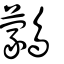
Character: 鸏